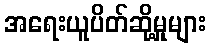
အရေးယူပိတ်ဆို့မှုများ